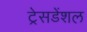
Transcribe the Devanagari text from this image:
ट्रेसडेंशल